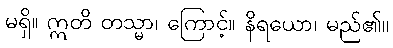
မရှိ။ ဣတိ တသ္မာ၊ ကြောင့်။ နိရယော၊ မည်၏။